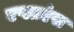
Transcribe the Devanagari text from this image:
एप्लाएंस